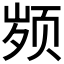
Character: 𱂤